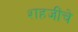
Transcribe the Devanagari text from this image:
शहजींचे